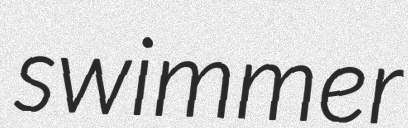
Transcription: swimmer